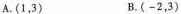
A.(1，3) B.(-2，3)